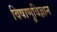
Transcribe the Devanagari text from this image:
विषाणुविज्ञान